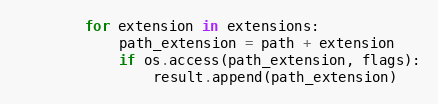
Language: Python
        for extension in extensions:
            path_extension = path + extension
            if os.access(path_extension, flags):
                result.append(path_extension)